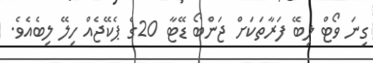
ގިނަ ވޯޓް ލިބޭ ފަރާތަކަށް ޖަންބޯ ޑޭޓާ 20ގެ ޕެކޭޖެއް ހިލޭ ލިބެއެވެ.